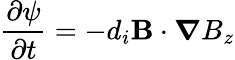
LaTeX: \frac{\partial\psi}{\partial t}=-d_{i}{\mathbf B}\cdot\boldsymbol\nabla B_{z}